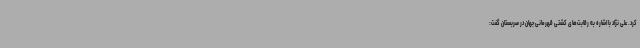
کرد. علی نژاد با اشاره به رقابت‌های کشتی قهرمانی جهان در صربستان گفت: